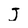
Character: J